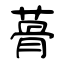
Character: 蓇